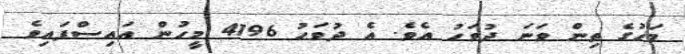
މަހުގެ ތިން ވަނަ ދުވަހު އެވެ. އެ ދުވަހު 4196 މީހުން އައިސްފައިވެ